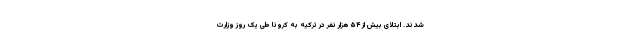
شدند. ابتلای بیش از ۵۴ هزار نفر در ترکیه به کرونا طی یک روز وزارت